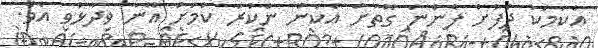
އެކަމަކު ދެފުށް ފެންނަ ގޮތަށް އެކަން ނުކުރާ ކަމަށް އޭނާ ވިދާޅުވި އެވެ.